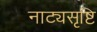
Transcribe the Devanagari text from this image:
नाट्यसृष्टि